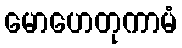
မောဟေတုကာမံ